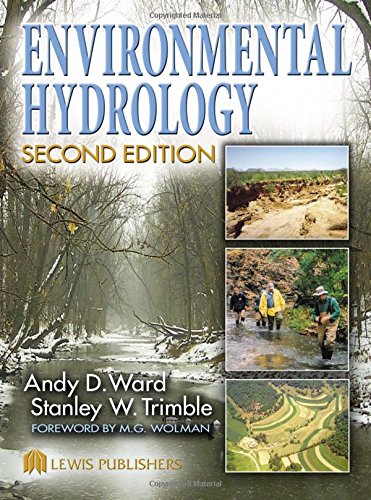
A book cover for Environmental Hydrology, Second Edition; Andy D. Ward; Science & Math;